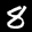
Label: 8